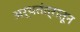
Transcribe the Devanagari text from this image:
अर्थतंत्रातून